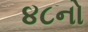
૪૮નો